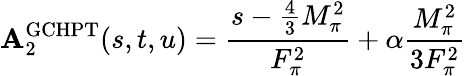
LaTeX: \mathbf{A}_{2}^{\mathrm{{GCHPT}}}(s,t,u)=\frac{{s-\frac{{4}}{{3}}M_{\pi}^{2}}}{{F_{\pi}^{2}}}+\alpha\frac{{M_{\pi}^{2}}}{{3F_{\pi}^{2}}}